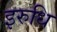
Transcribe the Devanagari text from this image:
इरुधि